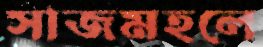
সাজমহলে